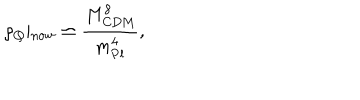
\rho _ { Q } \vert _ { \mathrm { n o w } } \simeq \frac { M _ { \mathrm { C D M } } ^ { 8 } } { m _ { \mathrm { P l } } ^ { 4 } } ,